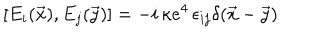
[ E _ { i } ( \vec { x } ) , E _ { j } ( \vec { y } ) ] = - i \, \kappa e ^ { 4 } \, \epsilon _ { i j } \delta ( \vec { x } - \vec { y } )